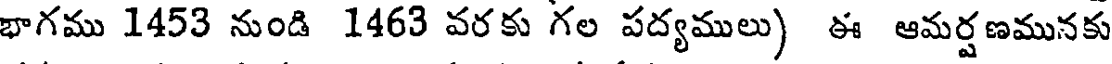
భాగము 1453 నుండి 1463 వరకు గల పద్యములు) ఈ ఆమర్షణమునకు